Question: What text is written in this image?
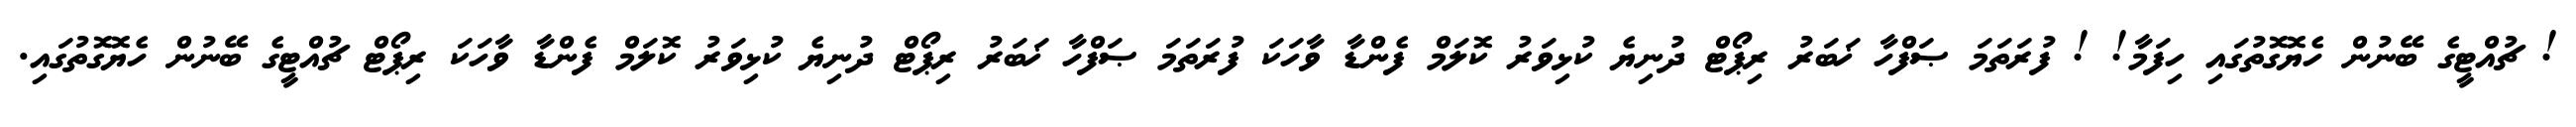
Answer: ! ޗުއްޓީގެ ބޭނުން ހެޔޮގޮތުގައި ހިފަމާ! ! ފުރަތަމަ ޞަފްހާ ޚަބަރު ރިޕޯޓް ދުނިޔެ ކުޅިވަރު ކޮލަމް ފެންޑާ ވާހަކަ ފުރަތަމަ ޞަފްހާ ޚަބަރު ރިޕޯޓް ދުނިޔެ ކުޅިވަރު ކޮލަމް ފެންޑާ ވާހަކަ ރިޕޯޓް ޗުއްޓީގެ ބޭނުން ހެޔޮގޮތުގައި.